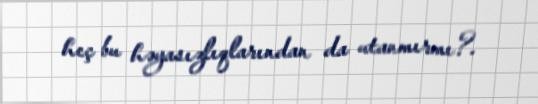
heç bu həyasızlıqlarından da utanmırmı?.